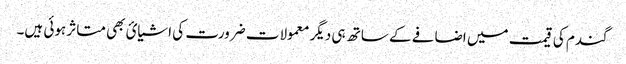
گندم کی قیمت میں اضافے کے ساتھ ہی دیگر معمولات ضرورت کی اشیائ بھی متاثر ہوئی ہیں۔